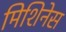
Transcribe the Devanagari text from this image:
मिशिनेस